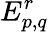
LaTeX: E_{p,q}^{r}